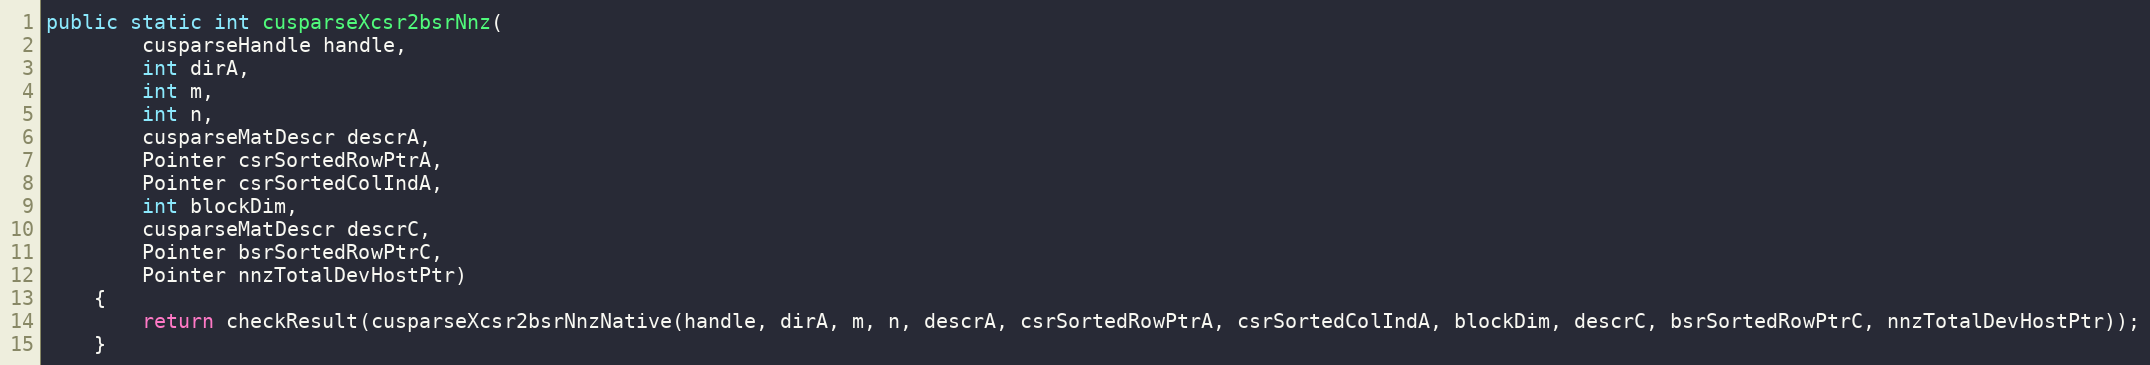
Language: Java
public static int cusparseXcsr2bsrNnz(
        cusparseHandle handle,
        int dirA,
        int m,
        int n,
        cusparseMatDescr descrA,
        Pointer csrSortedRowPtrA,
        Pointer csrSortedColIndA,
        int blockDim,
        cusparseMatDescr descrC,
        Pointer bsrSortedRowPtrC,
        Pointer nnzTotalDevHostPtr)
    {
        return checkResult(cusparseXcsr2bsrNnzNative(handle, dirA, m, n, descrA, csrSortedRowPtrA, csrSortedColIndA, blockDim, descrC, bsrSortedRowPtrC, nnzTotalDevHostPtr));
    }